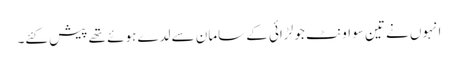
انہوں نے تین سو اونٹ جو لڑائی کے سامان سے لدے ہوئے تھے پیش کئے۔